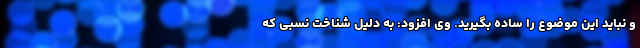
و نباید این موضوع را ساده بگیرید. وی افزود: به دلیل شناخت نسبی که